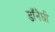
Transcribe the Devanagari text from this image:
डॉनैघी